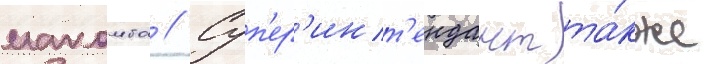
макомба // Суп'ер'инт'ендант та́кже